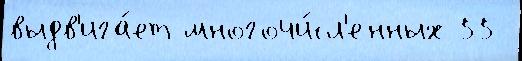
выдв'ига́ет многочи́сл'енных 55